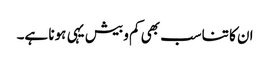
ان کا تناسب بھی کم و بیش یہی ہونا ہے۔